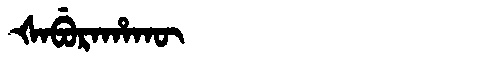
Manchu: ᡧᠠᠪᡠᡵᠠᡥᠠᡴᡡ
Romanization: ŠABURAHAKŪ